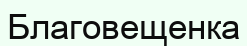
Благовещенка